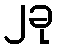
၂ခု